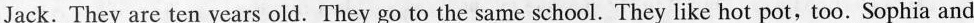
Jack. They are ten years old. They go to the same school. They like hot pot,too. Sophia and